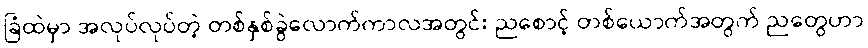
ခြံထဲမှာ အလုပ်လုပ်တဲ့ တစ်နှစ်ခွဲလောက်ကာလအတွင်း ညစောင့် တစ်ယောက်အတွက် ညတွေဟာ